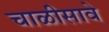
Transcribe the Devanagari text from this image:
चाळीसावे